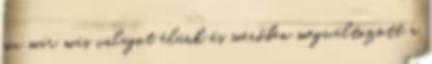
ma már más világot élünk és merőben megváltozott a